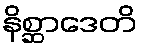
နိစ္ဆာဒေတိ